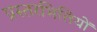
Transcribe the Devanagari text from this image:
प्रस्तरभित्तियों